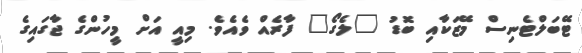
ޓޭބަލްޓެނިސް މޭޒަކާއި ބޮޑު "ލެގޯ" ފާރެއް ވެއެވެ. މިއީ އަށް މީހުންގެ ޖާގައިގެ